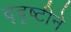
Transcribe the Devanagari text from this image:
द्दृष्टीने